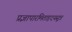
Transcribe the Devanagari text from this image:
प्रज्ञापारमिताहृदयसूत्र